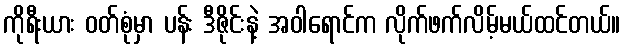
ကိုရီးယား ဝတ်စုံမှာ ပန်း ဒီဇိုင်းနဲ့ အဝါရောင်က လိုက်ဖက်လိမ့်မယ်ထင်တယ်။